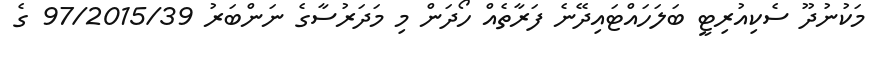
މަކުނުދޫ ސެކިއުރިޓީ ބަލަހައްޓައިދޭނެ ފަރާތެއް ހޯދަން މި މަދަރުސާގެ ނަންބަރު 97/2015/39 ގެ